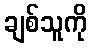
ချစ်သူကို